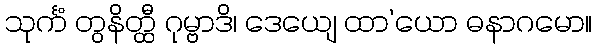
သုင်္ကံ တွနိတ္ထီ ဂုမ္ဗာဒိ၊ ဒေယျေ ထာ’ယော ဓနာဂမော။